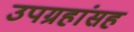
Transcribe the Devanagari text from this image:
उपग्रहांसह